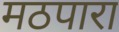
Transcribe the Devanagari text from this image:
मठपारा